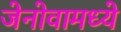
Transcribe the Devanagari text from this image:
जेनोवामध्ये